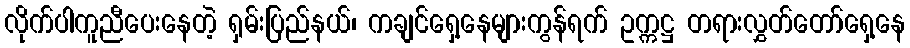
လိုက်ပါကူညီပေးနေတဲ့ ရှမ်းပြည်နယ်၊ ကချင်ရှေ့နေများကွန်ရက် ဥက္ကဋ္ဌ တရားလွှတ်တော်ရှေ့နေ